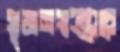
সৃজনসম্ভারে